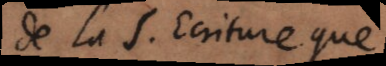
de la S. Ecriture que